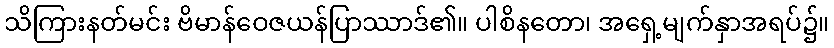
သိကြားနတ်မင်း ဗိမာန်ဝေဇယန်ပြာဿာဒ်၏။ ပါစိနတော၊ အရှေ့မျက်နှာအရပ်၌။